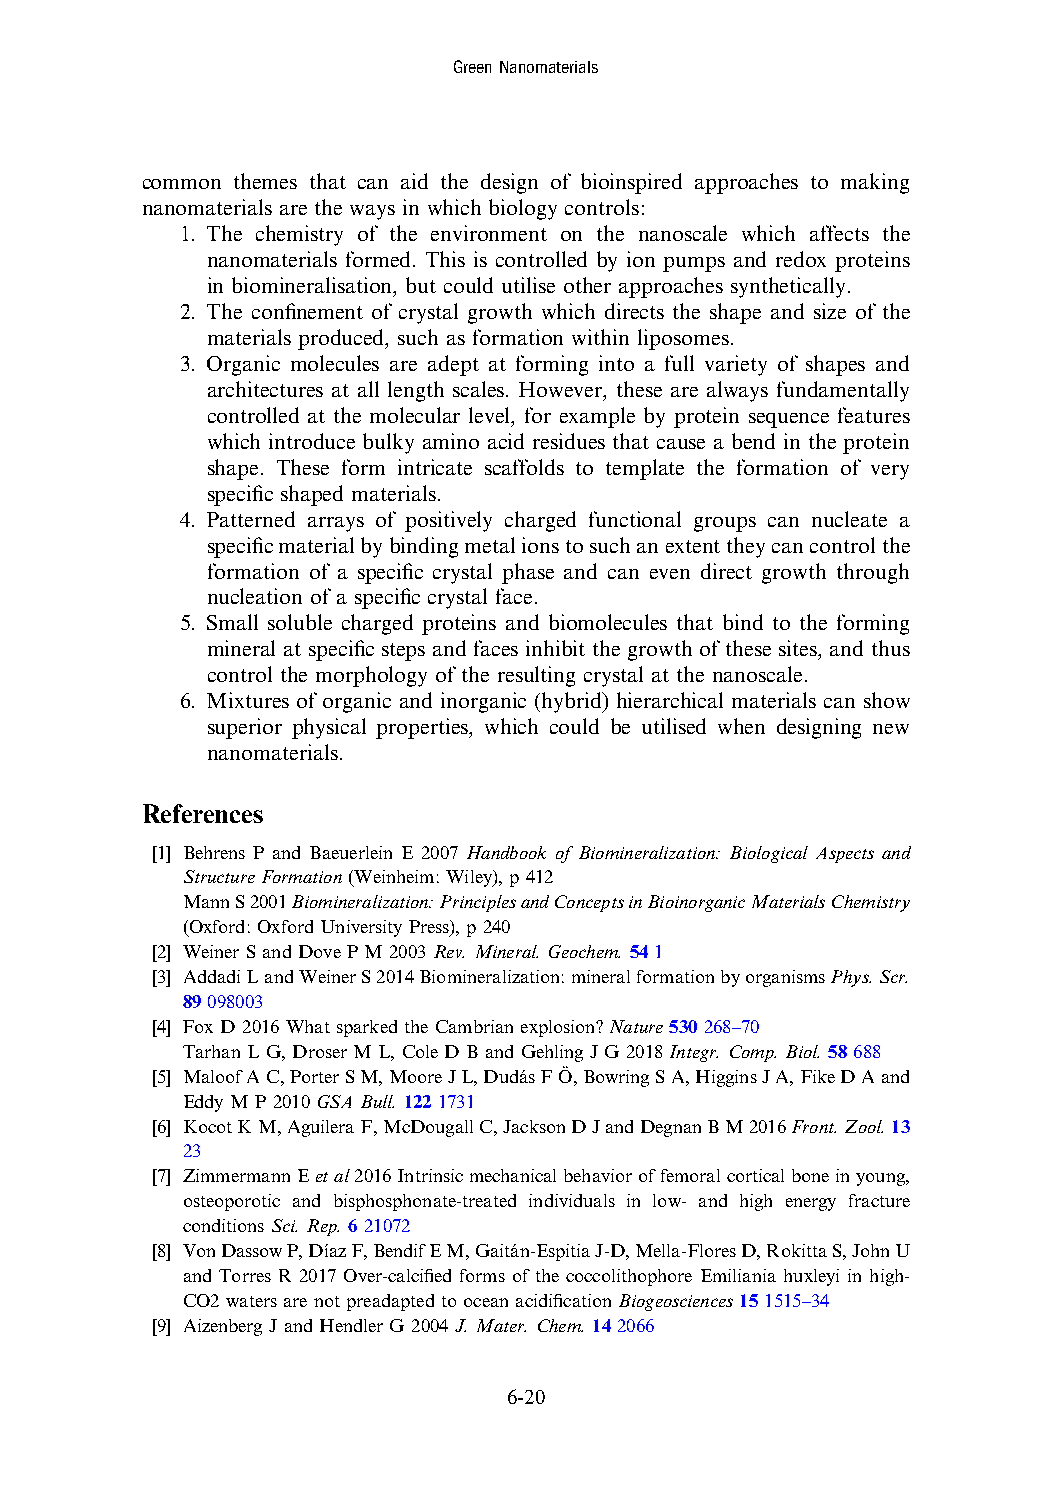
GreenNanomaterials
 common themes that can aid the design of bioinspired approaches to making
 nanomaterials are the ways in which biology controls:
 1. The chemistry of the environment on the nanoscale which affects the
 nanomaterials formed. This is controlled by ion pumps and redox proteins
 in biomineralisation, but could utilise other approaches synthetically.
 2. The confinement of crystal growth which directs the shape and size of the
 materials produced, such as formation within liposomes.
 3. Organic molecules are adept at forming into a full variety of shapes and
 architectures at all length scales. However, these are always fundamentally
 controlled at the molecular level, for example by protein sequence features
 which introduce bulky amino acid residues that cause a bend in the protein
 shape. These form intricate scaffolds to template the formation of very
 specific shaped materials.
 4. Patterned arrays of positively charged functional groups can nucleate a
 specificmaterialbybindingmetalionstosuchanextenttheycancontrolthe
 formation of a specific crystal phase and can even direct growth through
 nucleation of a specific crystal face.
 5. Small soluble charged proteins and biomolecules that bind to the forming
 mineral at specific steps and faces inhibit the growth of these sites, and thus
 control the morphology of the resulting crystal at the nanoscale.
 6. Mixtures of organic and inorganic (hybrid) hierarchical materials can show
 superior physical properties, which could be utilised when designing new
 nanomaterials.
 References
 [1] Behrens P and Baeuerlein E 2007 Handbook of Biomineralization: Biological Aspects and
 Structure Formation(Weinheim: Wiley),p412
 MannS2001Biomineralization:PrinciplesandConceptsinBioinorganicMaterialsChemistry
 (Oxford: OxfordUniversityPress),p240
 [2] WeinerSandDovePM2003Rev.Mineral.Geochem.541
 [3] AddadiLandWeinerS2014Biomineralization:mineralformationbyorganismsPhys.Scr.
 89098003
 [4] Fox D2016What sparkedtheCambrianexplosion? Nature530268–70
 Tarhan LG,DroserML, ColeDBandGehlingJG 2018Integr.Comp.Biol.58688
 [5] MaloofAC,PorterSM,MooreJL,DudásFÖ,BowringSA,HigginsJA,FikeDAand
 EddyMP2010GSABull.1221731
 [6] KocotKM,AguileraF,McDougallC,JacksonDJandDegnanBM2016Front.Zool.13
 23
 [7] ZimmermannEetal2016Intrinsicmechanicalbehavioroffemoralcorticalboneinyoung,
 osteoporotic and bisphosphonate-treated individuals in low- and high energy fracture
 conditions Sci.Rep.621072
 [8] VonDassowP,DíazF,BendifEM,Gaitán-EspitiaJ-D,Mella-FloresD,RokittaS,JohnU
 and Torres R 2017 Over-calcified forms of the coccolithophore Emiliania huxleyi in high-
 CO2watersarenotpreadapted tooceanacidificationBiogeosciences151515–34
 [9] AizenbergJandHendlerG 2004J.Mater.Chem.142066
 6-20